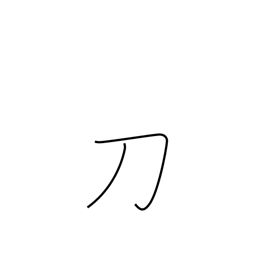
Meaning: saber